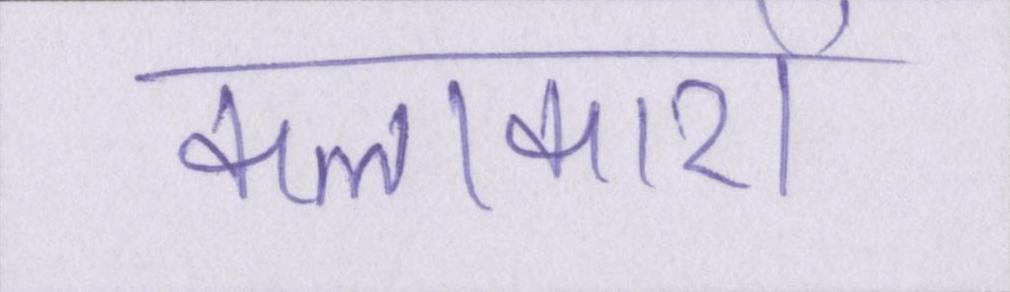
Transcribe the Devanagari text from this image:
कलाकारों